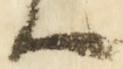
ハ